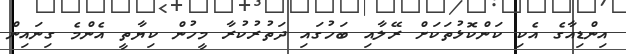
އިންޑިއާގެ އެކި ކަންކޮޅުތަކަށް ރޭލާއި ބަހުގައި ދަތުރުކުރާ މީހުން ކިޔާތީ އެންމެ ގިނައިން